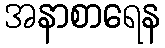
အနာစာရေန